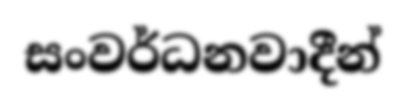
සංවර්ධනවාදීන්